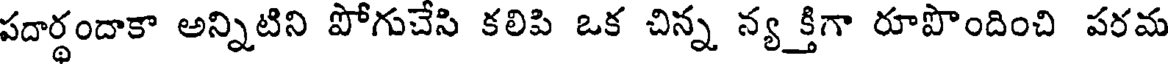
పదార్థందాకా అన్నిటిని పోగుచేసి కలిపి ఒక చిన్న న్య క్తిగా రూపొందించి పరమ